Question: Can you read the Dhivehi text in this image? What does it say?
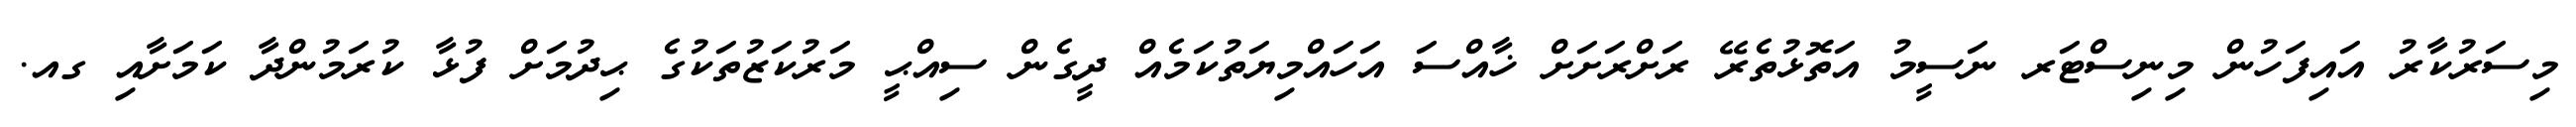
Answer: މިސަރުކާރު އައިފަހުން މިނިސްޓަރ ނަސީމު އަތޮޅުތެރޭ ރަށްރަށަށް ޚާއްސަ އަހައްމިޔަތުކަމެއް ދީގެން ސިއްޙީ މަރުކަޒުތަކުގެ ޙިދުމަށް ފުޅާ ކުރަމުންދާ ކަމަށާއި ގއ.